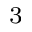
_ 3